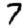
Digit: 7